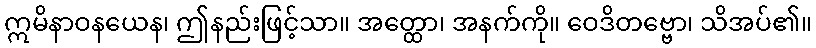
ဣမိနာဝနယေန၊ ဤနည်းဖြင့်သာ။ အတ္ထော၊ အနက်ကို။ ဝေဒိတဗ္ဗော၊ သိအပ်၏။